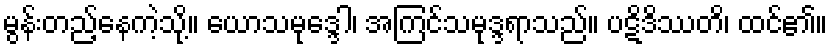
မွန်းတည့်နေကဲ့သို့။ ယောသမုဒ္ဒေါ၊ အကြင်သမုဒ္ဒရာသည်။ ပဋိဒိဿတိ၊ ထင်၏။